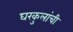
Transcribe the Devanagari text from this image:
घरकुलांची